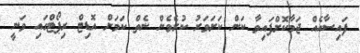
ފައިސާއެއް ޖަމާކޮށްފައިވާ ކަން ކަށަވަރު ކުރެވެން ނެތް ކަމަށް އޮޑިޓް ރިޕޯޓްގައި ވަނީ